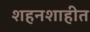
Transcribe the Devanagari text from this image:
शहनशाहीत